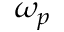
\omega _ { p }